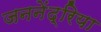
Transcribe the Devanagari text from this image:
जननेंद्रिया